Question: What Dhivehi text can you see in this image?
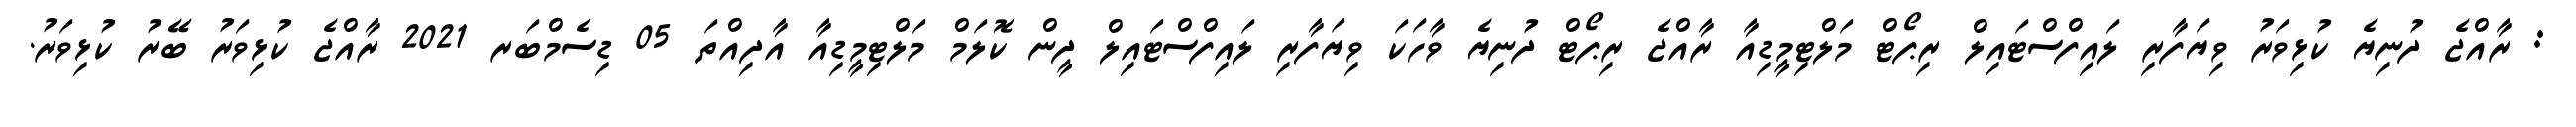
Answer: : ރާއްޖެ ދުނިޔެ ކުޅިވަރު ވިޔަފާރި ލައިފްސްޓައިލް ރިޕޯޓް މަލްޓިމީޑިއާ ރާއްޖެ ރިޕޯޓް ދުނިޔެ ވާހަކަ ވިޔަފާރި ލައިފްސްޓައިލް ދީން ކޮލަމް މަލްޓިމީޑިއާ އާދިއްތަ 05 ޑިސެމްބަރ 2021 ރާއްޖެ ކުޅިވަރު ބޭރު ކުޅިވަރު.